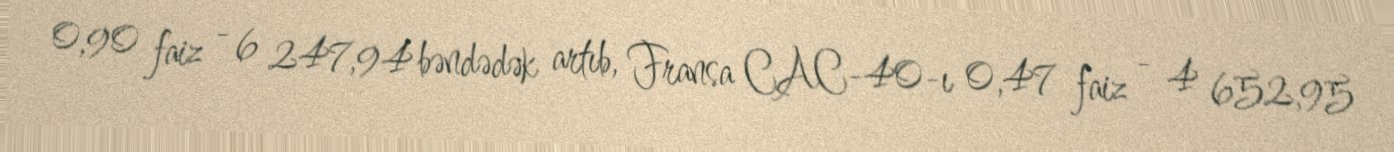
0,90 faiz - 6 247,94 bəndədək artıb, Fransa CAC-40-ı 0,47 faiz - 4 652,95